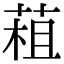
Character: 𦳏